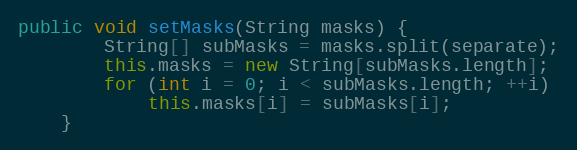
Language: Java
public void setMasks(String masks) {
        String[] subMasks = masks.split(separate);
        this.masks = new String[subMasks.length];
        for (int i = 0; i < subMasks.length; ++i)
            this.masks[i] = subMasks[i];
    }